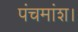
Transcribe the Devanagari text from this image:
पंचमांश।